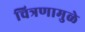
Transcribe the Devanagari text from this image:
चित्रणामुळे